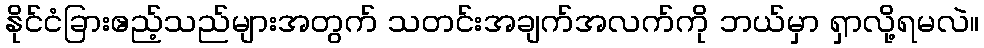
နိုင်ငံခြားဧည့်သည်များအတွက် သတင်းအချက်အလက်ကို ဘယ်မှာ ရှာလို့ရမလဲ။